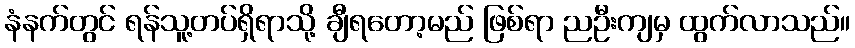
နံနက်တွင် ရန်သူ့တပ်ရှိရာသို့ ချီရတော့မည် ဖြစ်ရာ ညဦးကျမှ ထွက်လာသည်။